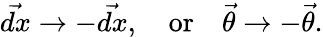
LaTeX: \vec{dx}\rightarrow-\vec{dx},\quad\mathrm{or}\quad\vec{\theta}\rightarrow-\vec{\theta}.